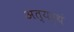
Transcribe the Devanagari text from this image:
अत्यर्थं